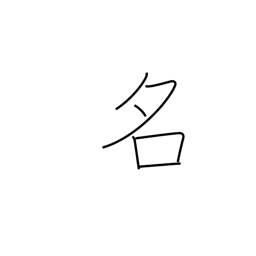
Meaning: noted